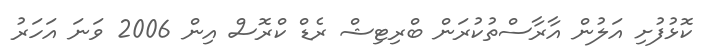
ކޮޅުފުށި އަލުން އާރާސްތުކުރަން ބްރިޓިޝް ރެޑް ކްރޮސް އިން 2006 ވަނަ އަހަރު